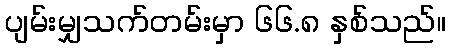
ပျမ်းမျှသက်တမ်းမှာ ၆၆.၈ နှစ်သည်။